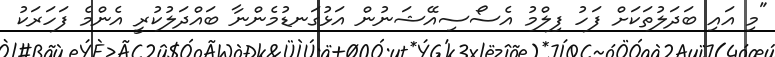
"މި އައި ބަދަލުތަކަށް ފަހު ފިލްމު އެސޯސިއޭޝަނުން އަޅުގަނޑުމެންނާ ބައްދަލުކުރީ އެންމެ ފަހަރަކު